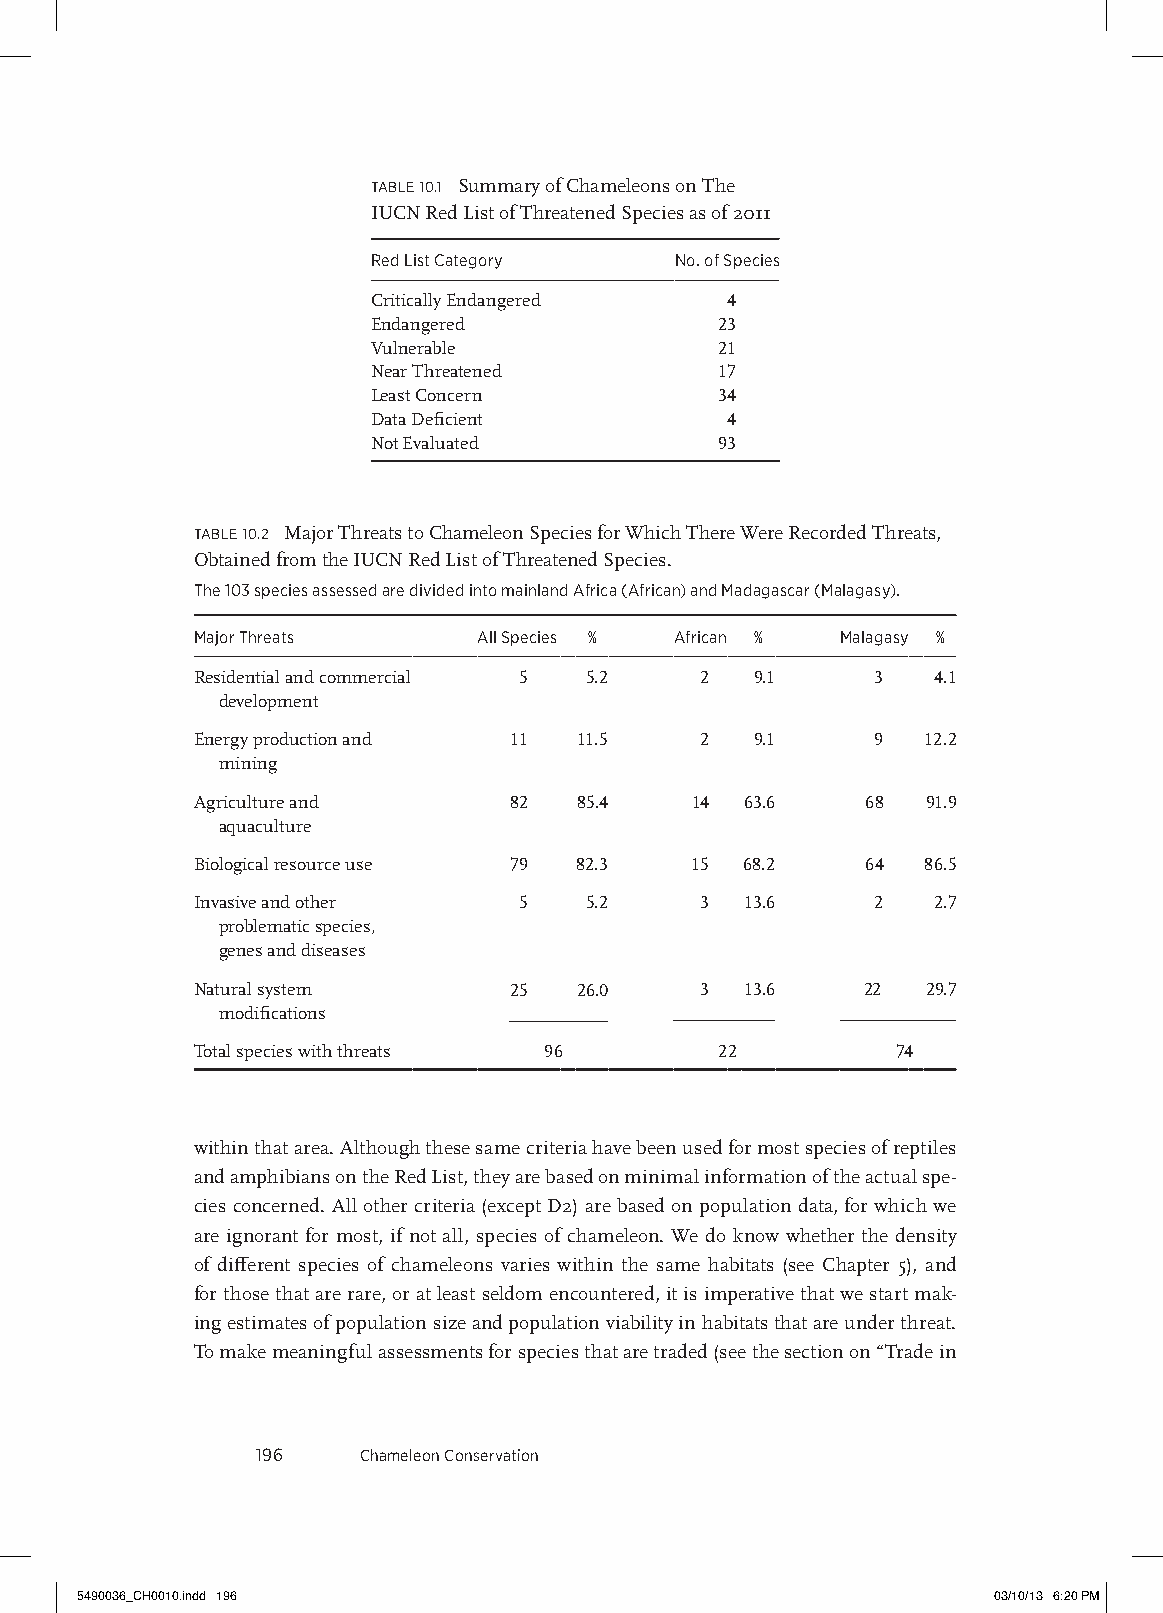
table 10.1 Summary of Chameleons on The
 IUCN Red List of Threatened Species as of 2011
 Red list Category   no. of species
 Critically Endangered  4
 Endangered             23
 Vulnerable             21
 Near Threatened        17
 Least Concern          34
 Data Deficient         4
 Not Evaluated          93
 table 10.2 Major Threats to Chameleon Species for Which There Were Recorded Threats,
 Obtained from the IUCN Red List of Threatened Species.
 the 103 species assessed are divided into mainland africa (african) and Madagascar (Malagasy).
 Major threats      all species % african % Malagasy %
 Residential and commercial 5 5.2 2   9.1     3   4.1
 development
 Energy production and 11 11.5    2   9.1     9  12.2
 mining
 Agriculture and      82  85.4    14 63.6    68  91.9
 aquaculture
 Biological resource use 79 82.3  15 68.2    64  86.5
 Invasive and other   5    5.2    3  13.6     2   2.7
 problematic species,
 genes and diseases
 Natural system       25  26.0    3  13.6    22  29.7
 modifications
 Total species with threats 96      22         74
 within that area. Although these same criteria have been used for most species of reptiles
 and amphibians on the Red List, they are based on minimal information of the actual spe-
 cies concerned. All other criteria (except D2) are based on population data, for which we
 are ignorant for most, if not all, species of chameleon. We do know whether the density
 of different species of chameleons varies within the same habitats (see Chapter 5), and
 for those that are rare, or at least seldom encountered, it is imperative that we start mak-
 ing estimates of population size and population viability in habitats that are under threat.
 To make meaningful assessments for species that are traded (see the section on “Trade in
 196    Chameleon Conservation
 5490036_CH0010.indd 196                                      03/10/13 6:20 PM